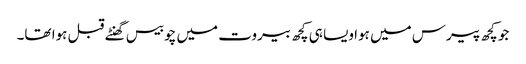
جو کچھ پیرس میں ہوا ویسا ہی کچھ بیروت میں چوبیس گھنٹے قبل ہوا تھا۔